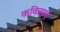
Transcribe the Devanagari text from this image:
कवित्रयमु